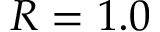
R = 1 . 0